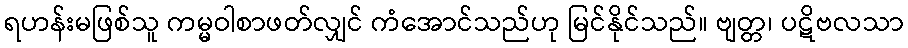
ရဟန်းမဖြစ်သူ ကမ္မဝါစာဖတ်လျှင် ကံအောင်သည်ဟု မြင်နိုင်သည်။ ဗျတ္တ၊ ပဋိဗလသာ